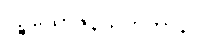
ပဉ္စယောဇနသတိကာနိပိ